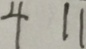
4 1 1